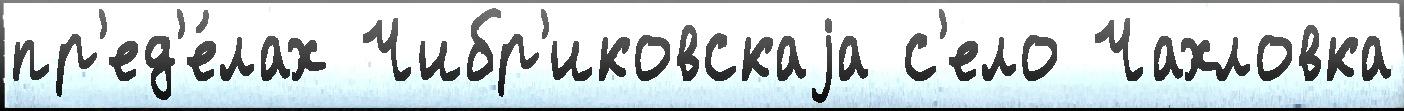
пр'ед'е́лах Чибр'иковскаjа с'ело Чахловка